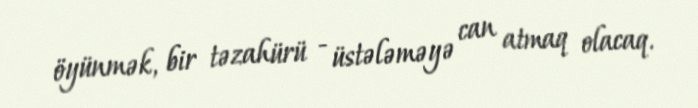
öyünmək, bir təzahürü - üstələməyə can atmaq olacaq.